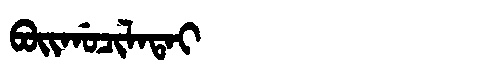
Manchu: ᠪᠣᡳᡤᠣᠴᡳᠯᠠᡨᠠᡳ
Romanization: BOIGOCILATAI